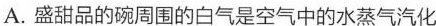
A.盛甜品的碗周围的白气是空气中的水蒸气汽化